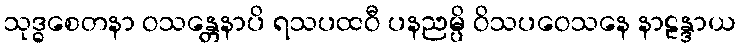
သုဒ္ဓစေတနာ ဝသန္တေနာပိ ရသပထဝီ ပနညမ္ပိ ဝိသပဝေသနေ နာဠန္ဒာယ